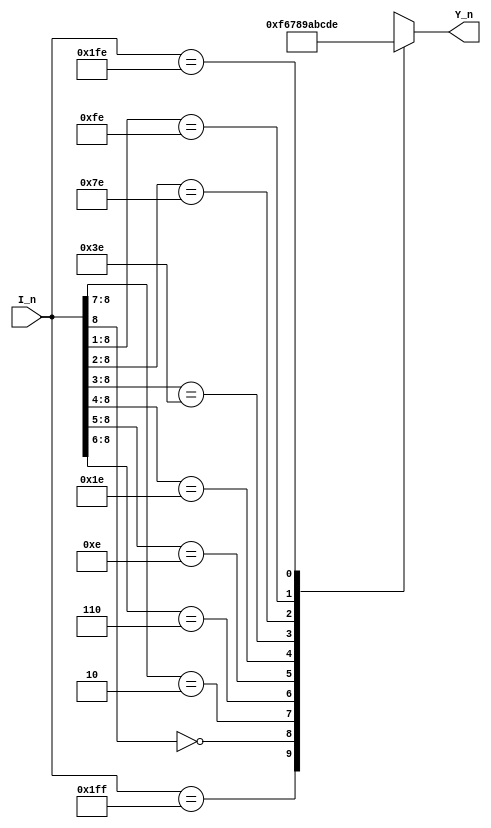
`timescale 1ns/1ns
module encoder_0(
   input      [8:0]         I_n   ,
   
   output reg [3:0]         Y_n   
);
    
always @(*)begin
   casex(I_n)
      9'b111111111 : Y_n = 4'b1111;
      9'b0xxxxxxxx : Y_n = 4'b0110;
      9'b10xxxxxxx : Y_n = 4'b0111;
      9'b110xxxxxx : Y_n = 4'b1000;
      9'b1110xxxxx : Y_n = 4'b1001;
      9'b11110xxxx : Y_n = 4'b1010;
      9'b111110xxx : Y_n = 4'b1011;
      9'b1111110xx : Y_n = 4'b1100;
      9'b11111110x : Y_n = 4'b1101;
      9'b111111110 : Y_n = 4'b1110;
      default      : Y_n = 4'b1111;
   endcase    
end 
     
endmodule

module key_encoder(
      input      [9:0]         S_n   ,         
 
      output wire[3:0]         L     ,
      output wire              GS
);
    wire [3:0]w_out;
    encoder_0 UD(
        .I_n(S_n[9:1]),
        .Y_n(w_out)
    );
    assign L = ~w_out;
    assign GS = ~&S_n; //if all bit of S_n = 1, mean no one push =>GS=0
endmodule